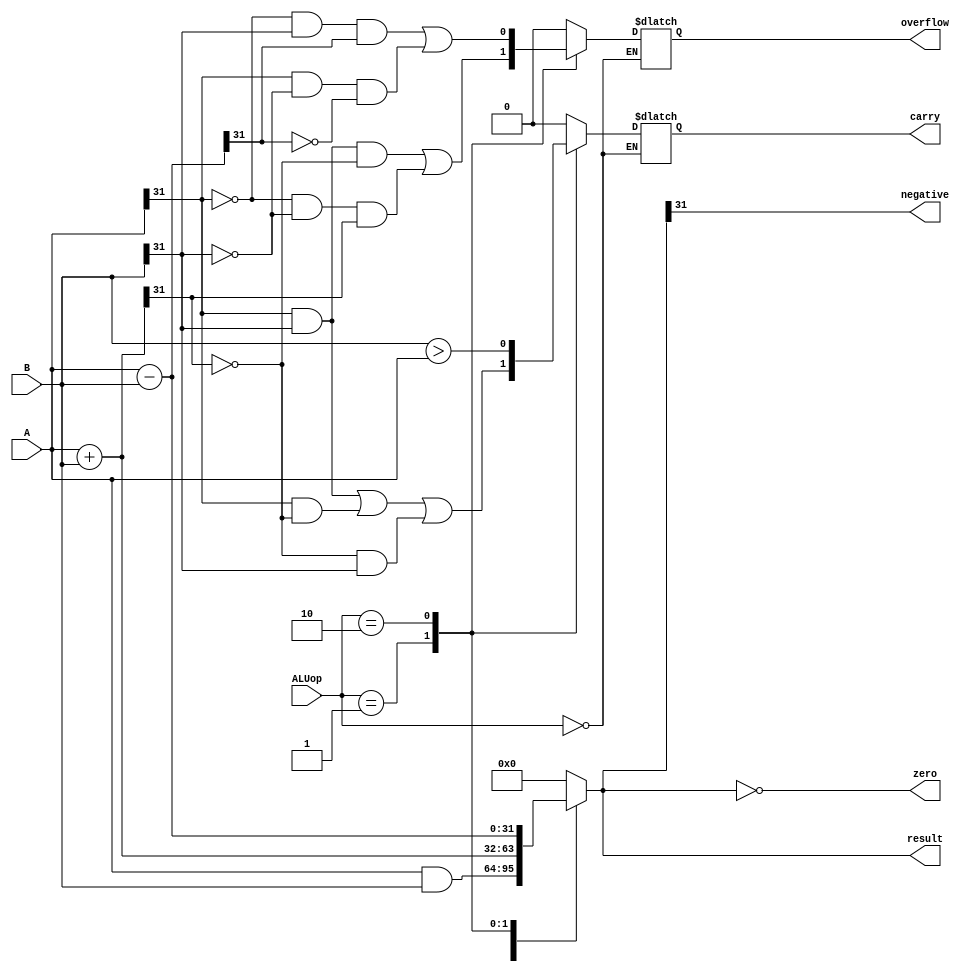
/* ALU Arithmetic and Logic Operations
----------------------------------------------------------------------
|ALUop|   ALU Operation
----------------------------------------------------------------------
| 00  |   result = A and B;
----------------------------------------------------------------------
| 01  |   result = A + B;
----------------------------------------------------------------------
| 10  |   result = A - B;
----------------------------------------------------------------------*/
module ALU (
  input [31:0] A,			// ALU 32-bit Input A
  input [31:0] B,			// ALU 32-bit Input B
  input [1:0] ALUop,		// 2-bit ALU Selection
  output reg [31:0] result, // ALU 32-bit Output
  output reg carry, 		// Carry Out Flag
  output reg zero,	 		// Zero Flag
  output reg negative,		// Negative Flag
  output reg overflow		// Overflow Flag
);

always @(A or B or ALUop) begin
   case (ALUop)
      2'b00: begin // AND
         result = A & B;
      end

      2'b01: begin // ADD
         result = A + B;
         carry = A[31] & B[31] | A[31] & ~result[31] | ~result[31] & B[31]; // Carry out
         overflow = A[31] & B[31] & ~result[31] | ~A[31] & ~B[31] & result[31]; // Overflow for addition
      end

      2'b10: begin // SUB
         result = A - B;
         carry = B > A; // Borrow in subtraction is the carry here
         overflow = ~A[31] & B[31] & result[31] | A[31] & ~B[31] & ~result[31]; // Overflow for subtraction
      end

      default: begin
         result = 32'b0;
         carry = 1'b0;
         zero = 1'b0;
         negative = 1'b0;
         overflow = 1'b0;
      end
   endcase 
   zero = (result == 32'b0); // checks if the result is equal to zero
   negative = result[31]; // MSB as sign bit 
end
endmodule